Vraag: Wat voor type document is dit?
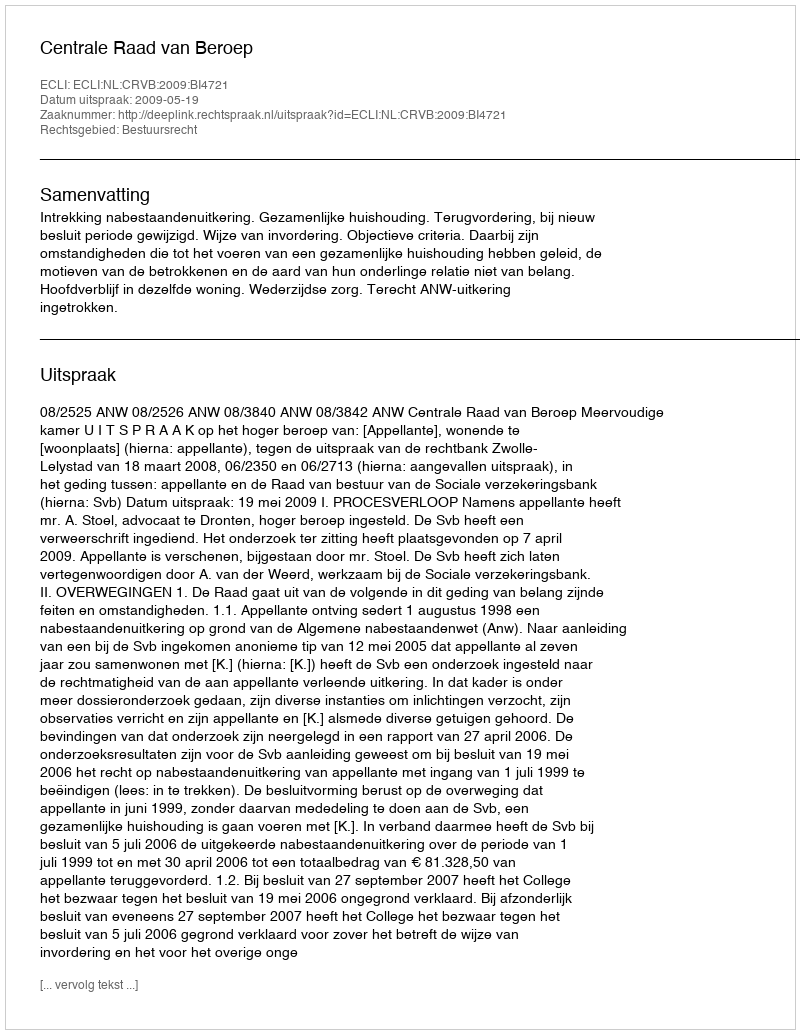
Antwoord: Uitspraak